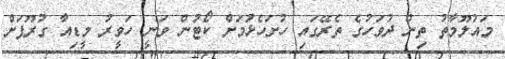
މައުލޫމާތު ތިން ދުވަހުގެ ތެރޭގައި ހުށަހެޅުމަށް ކޯޓުން ވަނީ ހަވީރު މީޑިއާ ގުރޫޕަށް